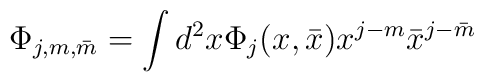
\Phi _{j,m,\bar m}=\int d^2x\Phi _j(x,\bar x)x^{j-m}\bar x^{j-\bar m}